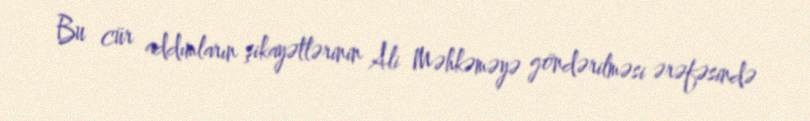
Bu cür addımların şikayətlərinin Ali Məhkəməyə göndərilməsi ərəfəsində